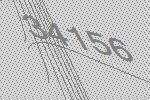
34156